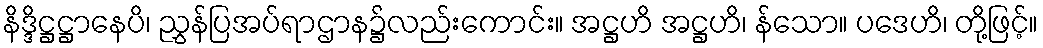
နိဒ္ဒိဋ္ဌဋ္ဌာနေပိ၊ ညွှန်ပြအပ်ရာဌာန၌လည်းကောင်း။ အဋ္ဌဟိ အဋ္ဌဟိ၊ န်သော။ ပဒေဟိ၊ တို့ဖြင့်။